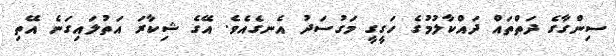
ސިންގާގެ ދަތްތައް ދައްކާލުމުގެ ހަގީގީ މަގުސަދު އެނގެއެވެ. އޭގެ ޝިކާރަ އަތުލައިގަނެ އޭތި